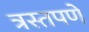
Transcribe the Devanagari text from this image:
त्रस्तपणे